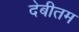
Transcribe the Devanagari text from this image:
देबीतम